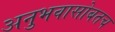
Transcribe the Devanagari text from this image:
अनुभवासोबतच